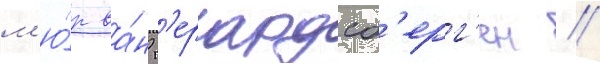
м'ю́р ва́н г'ерардсб'ерг'ен //